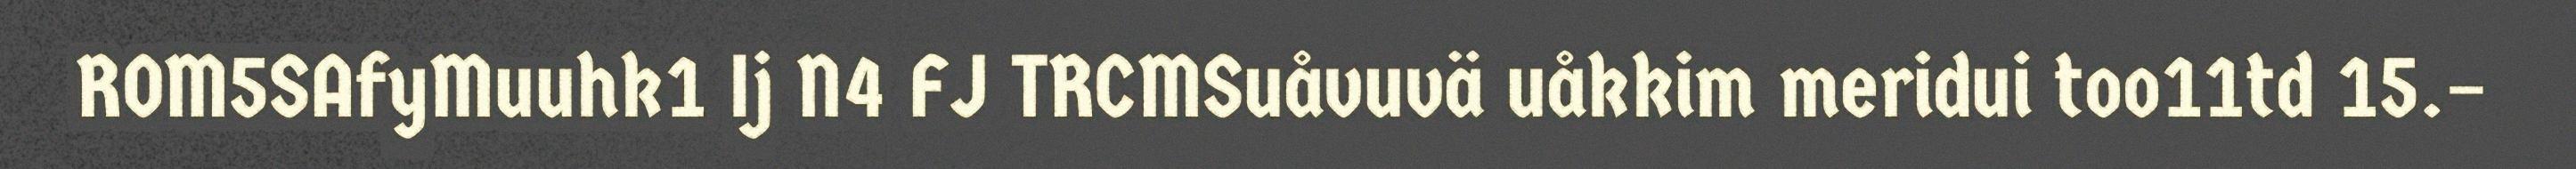
ROM5SAfyMuuhk1 Ij N4 FJ TRCMSuåvuvä uåkkim meridui too11td 15.–